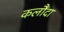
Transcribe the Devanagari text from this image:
कलौंदा